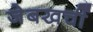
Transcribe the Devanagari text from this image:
जेबखर्ची